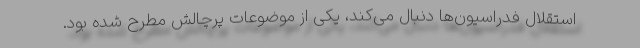
استقلال فدراسیون‌ها دنبال می‌کند، یکی از موضوعات پرچالش مطرح شده بود.